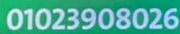
01023908026